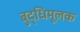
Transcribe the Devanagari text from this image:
बुद्धिमूलक